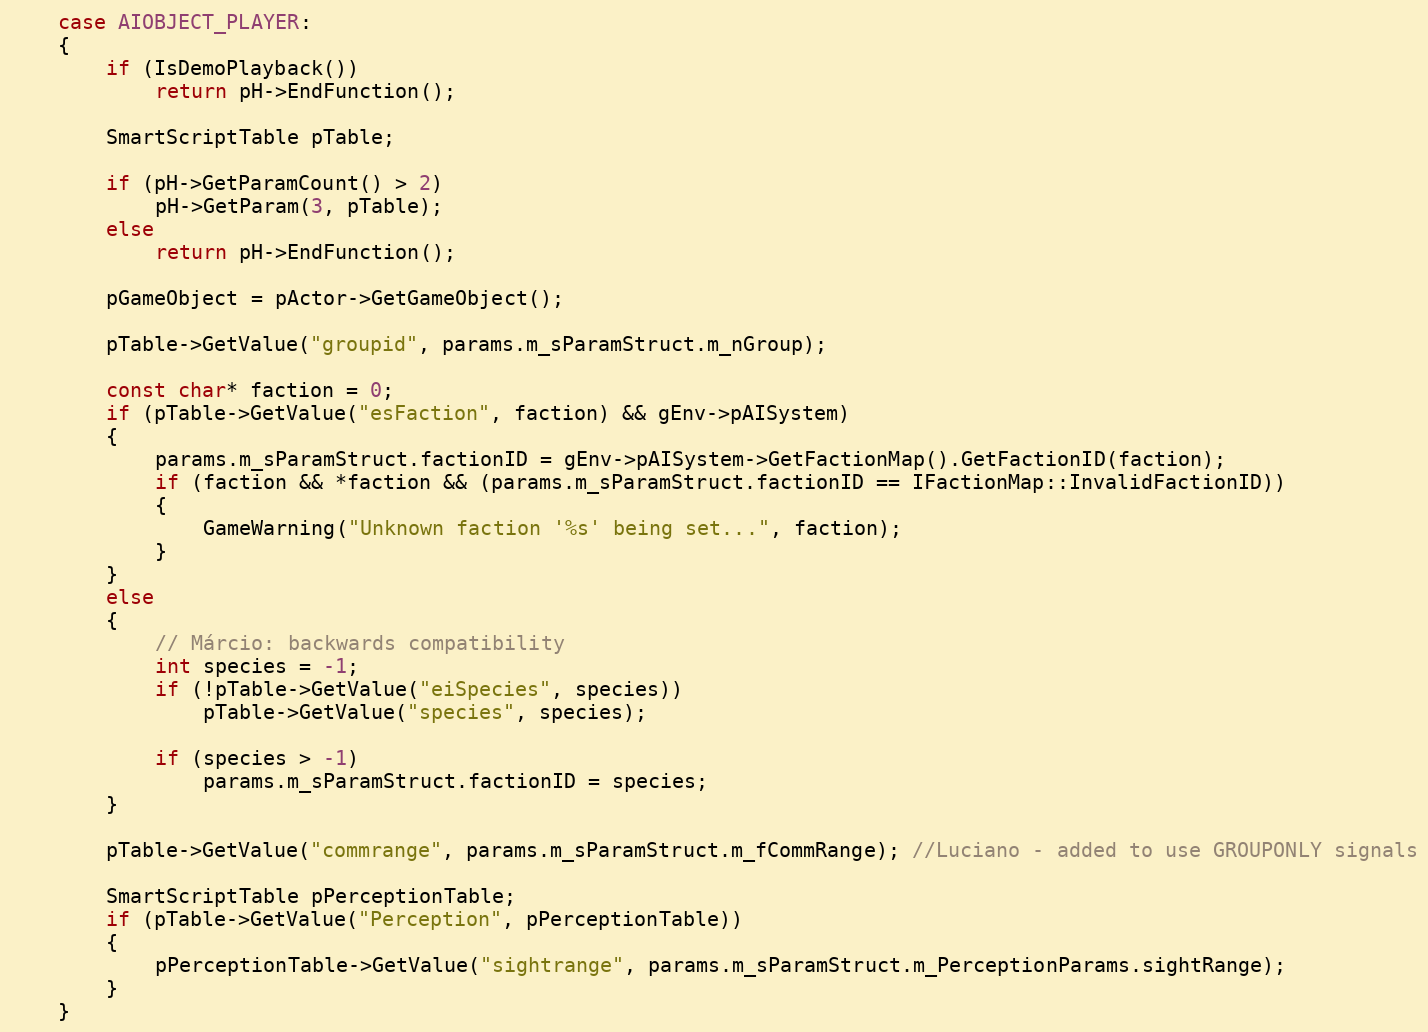
Language: C++
	case AIOBJECT_PLAYER:
	{
		if (IsDemoPlayback())
			return pH->EndFunction();

		SmartScriptTable pTable;

		if (pH->GetParamCount() > 2)
			pH->GetParam(3, pTable);
		else
			return pH->EndFunction();

		pGameObject = pActor->GetGameObject();

		pTable->GetValue("groupid", params.m_sParamStruct.m_nGroup);

		const char* faction = 0;
		if (pTable->GetValue("esFaction", faction) && gEnv->pAISystem)
		{
			params.m_sParamStruct.factionID = gEnv->pAISystem->GetFactionMap().GetFactionID(faction);
			if (faction && *faction && (params.m_sParamStruct.factionID == IFactionMap::InvalidFactionID))
			{
				GameWarning("Unknown faction '%s' being set...", faction);
			}
		}
		else
		{
			// Márcio: backwards compatibility
			int species = -1;
			if (!pTable->GetValue("eiSpecies", species))
				pTable->GetValue("species", species);

			if (species > -1)
				params.m_sParamStruct.factionID = species;
		}

		pTable->GetValue("commrange", params.m_sParamStruct.m_fCommRange); //Luciano - added to use GROUPONLY signals

		SmartScriptTable pPerceptionTable;
		if (pTable->GetValue("Perception", pPerceptionTable))
		{
			pPerceptionTable->GetValue("sightrange", params.m_sParamStruct.m_PerceptionParams.sightRange);
		}
	}